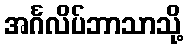
အင်္ဂလိပ်ဘာသာသို့